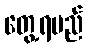
တွေ့ရမည်